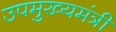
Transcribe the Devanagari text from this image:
उपमुख्‍यमंत्री